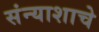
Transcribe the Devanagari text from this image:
संन्याशाचे